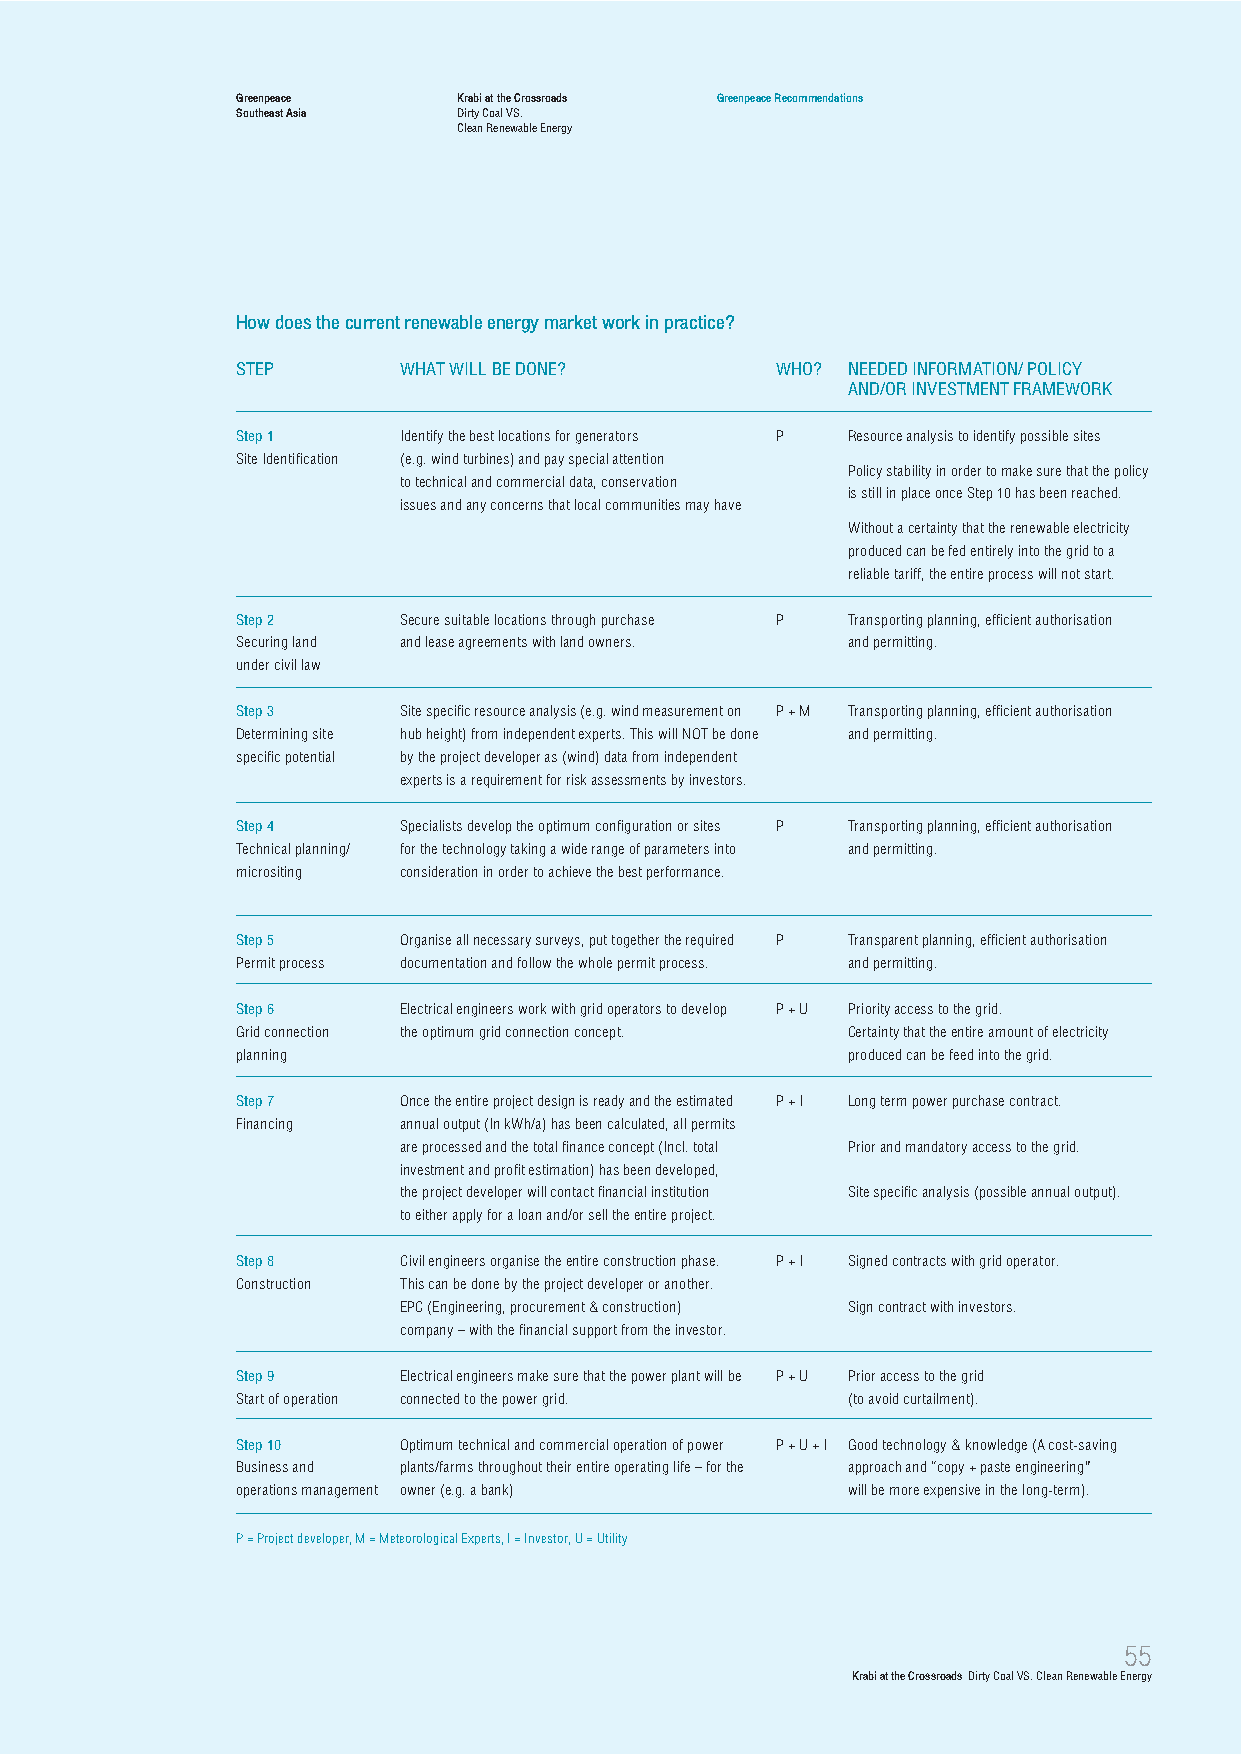
Greenpeace    Krabi at the Crossroads Greenpeace Recommendations
 Southeast Asia Dirty Coal VS.
 Clean Renewable Energy
 How does the current renewable energy market work in practice?
 STEP      WHAT WILL BE DONE?       WHO? NEEDED INFORMATION/ POLICY
 AND/OR INVESTMENT FRAMEWORK
 Step 1    Identify the best locations for generators P Resource analysis to identify possible sites
 Site Identification (e.g. wind turbines) and pay special attention
 Policy stability in order to make sure that the policy
 to technical and commercial data, conservation
 is still in place once Step 10 has been reached.
 issues and any concerns that local communities may have
 Without a certainty that the renewable electricity
 produced can be fed entirely into the grid to a
 reliable tariff, the entire process will not start.
 Step 2    Secure suitable locations through purchase P Transporting planning, efficient authorisation
 Securing land and lease agreements with land owners. and permitting.
 under civil law
 Step 3    Site specific resource analysis (e.g. wind measurement on P + M Transporting planning, efficient authorisation
 Determining site hub height) from independent experts. This will NOT be done and permitting.
 specific potential by the project developer as (wind) data from independent
 experts is a requirement for risk assessments by investors.
 Step 4    Specialists develop the optimum configuration or sites P Transporting planning, efficient authorisation
 Technical planning/ for the technology taking a wide range of parameters into and permitting.
 micrositing consideration in order to achieve the best performance.
 Step 5    Organise all necessary surveys, put together the required P Transparent planning, efficient authorisation
 Permit process documentation and follow the whole permit process. and permitting.
 Step 6    Electrical engineers work with grid operators to develop P + U Priority access to the grid.
 Grid connection the optimum grid connection concept. Certainty that the entire amount of electricity
 planning                                produced can be feed into the grid.
 Step 7    Once the entire project design is ready and the estimated P + I Long term power purchase contract.
 Financing annual output (In kWh/a) has been calculated, all permits
 are processed and the total finance concept (Incl. total Prior and mandatory access to the grid.
 investment and profit estimation) has been developed,
 the project developer will contact financial institution Site specific analysis (possible annual output).
 to either apply for a loan and/or sell the entire project.
 Step 8    Civil engineers organise the entire construction phase. P + I Signed contracts with grid operator.
 Construction This can be done by the project developer or another.
 EPC (Engineering, procurement & construction) Sign contract with investors.
 company – with the financial support from the investor.
 Step 9    Electrical engineers make sure that the power plant will be P + U Prior access to the grid
 Start of operation connected to the power grid. (to avoid curtailment).
 Step 10   Optimum technical and commercial operation of power P + U + I Good technology & knowledge (A cost-saving
 Business and plants/farms throughout their entire operating life – for the approach and “copy + paste engineering”
 operations management owner (e.g. a bank) will be more expensive in the long-term).
 P = Project developer, M = Meteorological Experts, I = Investor, U = Utility
 55
 Krabi at the Crossroads Dirty Coal VS. Clean Renewable Energy